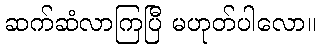
ဆက်ဆံလာကြပြီ မဟုတ်ပါလော။